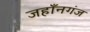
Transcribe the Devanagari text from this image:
जहाँनगंज